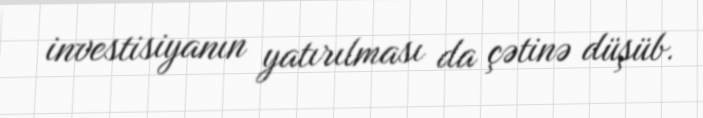
investisiyanın yatırılması da çətinə düşüb.